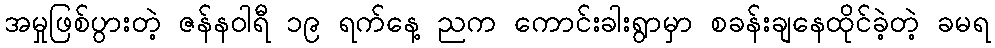
အမှုဖြစ်ပွားတဲ့ ဇန်နဝါရီ ၁၉ ရက်နေ့ ညက ကောင်းခါးရွာမှာ စခန်းချနေထိုင်ခဲ့တဲ့ ခမရ